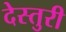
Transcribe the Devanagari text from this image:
देस्तुरी